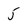
Character: 5